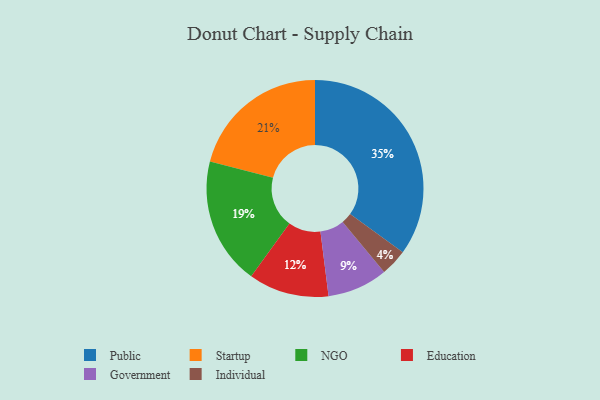
{"axis": {"x": "Category", "y": "Percentage"}, "legend": ["Education", "Government", "Individual", "NGO", "Public", "Startup"], "data": [{"x": "Government", "y": 9, "type": "Government"}, {"x": "Individual", "y": 4, "type": "Individual"}, {"x": "NGO", "y": 19, "type": "NGO"}, {"x": "Education", "y": 12, "type": "Education"}, {"x": "Startup", "y": 21, "type": "Startup"}, {"x": "Public", "y": 35, "type": "Public"}]}